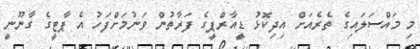
މި މައްސަލައިގެ ތެރެއަށް އިދިކޮޅު ޑީއާރްޕީގެ ފަރާތުން ވަނުމަށްފަހު އެ ޕާޓީގެ ގާނޫނީ